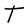
Character: T